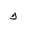
Letter: _kaf